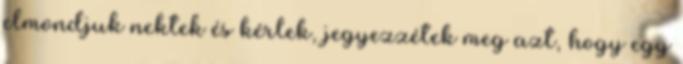
elmondjuk nektek és kérlek, jegyezzétek meg azt, hogy egy